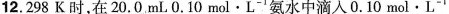
12.298K时，在20.0mL 0.10mol·L^{-1}氨水中滴入0.10mol·L^{-1}